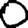
Digit: 0